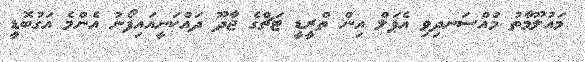
މައުލޫމާތު މުއްސަނދިވި އެޕަލް އިން ތްރީޑީ ޓަޗްގެ ޖާދޫ ދައްކަނީއައިފޯނު އެންމެ އަގުބޮޑީ